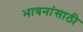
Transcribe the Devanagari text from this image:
भावनांसाठी